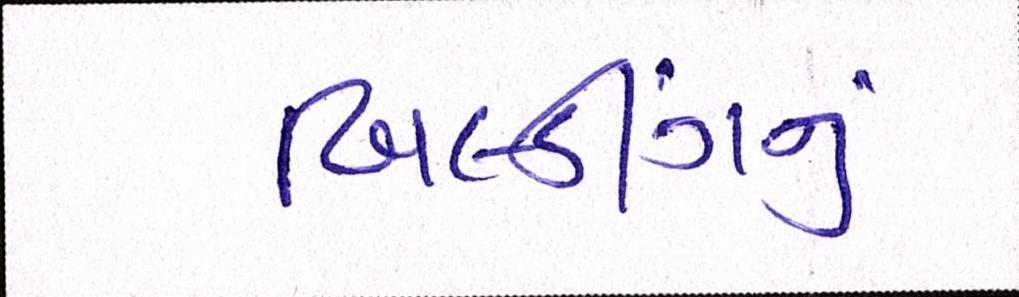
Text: બિલ્ડીંગનું